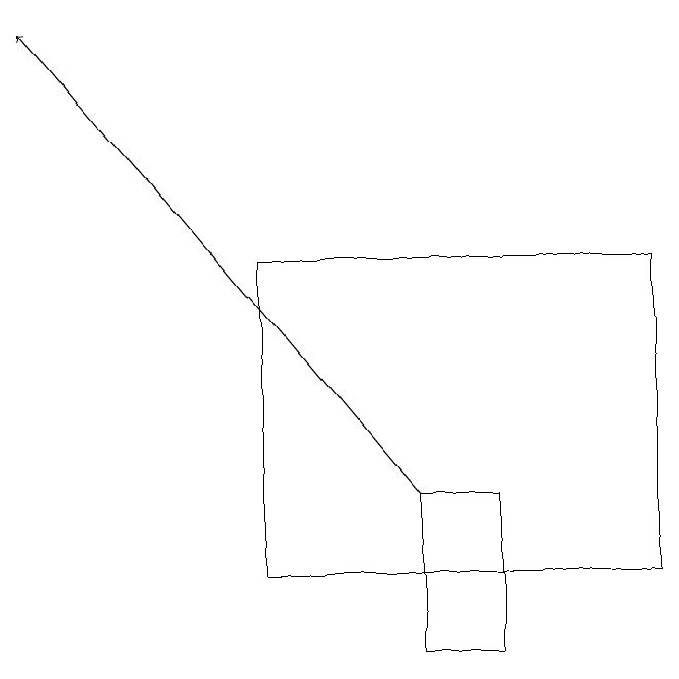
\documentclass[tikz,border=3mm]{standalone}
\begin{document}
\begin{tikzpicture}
\draw (9,16) rectangle (4,12);
\draw (7,13) rectangle (6,11);
\draw[->] (6,13) -- (1,19);
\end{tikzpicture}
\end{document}